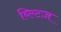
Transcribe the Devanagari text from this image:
ब्ल्टिज़